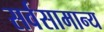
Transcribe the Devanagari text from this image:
सर्वसामान्‍य